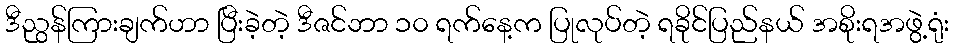
ဒီညွန်ကြားချက်ဟာ ပြီးခဲ့တဲ့ ဒီဇင်ဘာ ၁၀ ရက်နေ့က ပြုလုပ်တဲ့ ရခိုင်ပြည်နယ် အစိုးရအဖွဲ့ရုံး